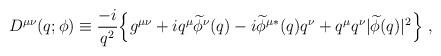
LaTeX: \begin{align*}D^{\mu\nu}(q; \phi) \equiv {-i\over q^{2}}\Bigl\{g^{\mu\nu}+iq^{\mu} \widetilde\phi^{\nu}(q) - i{\widetilde\phi^{\mu*}} (q)q^{\nu} + q^{\mu}q^{\nu}\vert\widetilde\phi(q)\vert^{2}\Bigr\} \ , \end{align*}